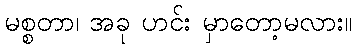
မစ္စတာ၊ အခု ဟင်း မှာတော့မလား။